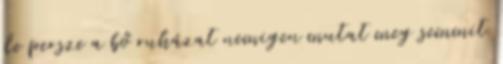
de persze a bő ruházat nemigen mutat meg semmit